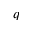
q